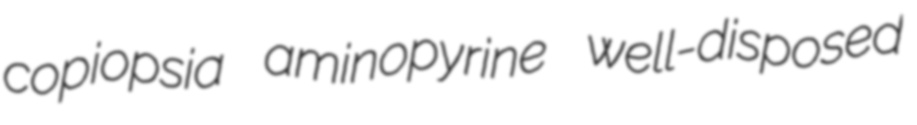
copiopsia aminopyrine well-disposed